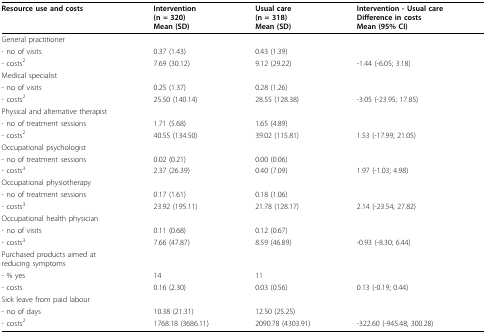
<table><thead><tr><td><b>Resource use and costs</b></td><td><b>Intervention(n = 320)Mean (SD)</b></td><td><b>Usual care(n = 318)Mean (SD)</b></td><td><b>Intervention - Usual careDifference in costsMean (95% CI)</b></td></tr></thead><tbody><tr><td>General practitioner</td><td></td><td></td><td></td></tr><tr><td>- no of visits</td><td>0.37 (1.43)</td><td>0.43 (1.39)</td><td></td></tr><tr><td>- costs<sup>2</sup></td><td>7.69 (30.12)</td><td>9.12 (29.22)</td><td>-1.44 (-6.05; 3.18)</td></tr><tr><td>Medical specialist</td><td></td><td></td><td></td></tr><tr><td>- no of visits</td><td>0.25 (1.37)</td><td>0.28 (1.26)</td><td></td></tr><tr><td>- costs<sup>2</sup></td><td>25.50 (140.14)</td><td>28.55 (128.38)</td><td>-3.05 (-23.95; 17.85)</td></tr><tr><td>Physical and alternative therapist</td><td></td><td></td><td></td></tr><tr><td>- no of treatment sessions</td><td>1.71 (5.68)</td><td>1.65 (4.89)</td><td></td></tr><tr><td>- costs<sup>2</sup></td><td>40.55 (134.50)</td><td>39.02 (115.81)</td><td>1.53 (-17.99; 21.05)</td></tr><tr><td>Occupational psychologist</td><td></td><td></td><td></td></tr><tr><td>- no of treatment sessions</td><td>0.02 (0.21)</td><td>0.00 (0.06)</td><td></td></tr><tr><td>- costs<sup>3</sup></td><td>2.37 (26.39)</td><td>0.40 (7.09)</td><td>1.97 (-1.03; 4.98)</td></tr><tr><td>Occupational physiotherapy</td><td></td><td></td><td></td></tr><tr><td>- no of treatment sessions</td><td>0.17 (1.61)</td><td>0.18 (1.06)</td><td></td></tr><tr><td>- costs<sup>3</sup></td><td>23.92 (195.11)</td><td>21.78 (128.17)</td><td>2.14 (-23.54; 27.82)</td></tr><tr><td>Occupational health physician</td><td></td><td></td><td></td></tr><tr><td>- no of visits</td><td>0.11 (0.68)</td><td>0.12 (0.67)</td><td></td></tr><tr><td>- costs<sup>3</sup></td><td>7.66 (47.87)</td><td>8.59 (46.89)</td><td>-0.93 (-8.30; 6.44)</td></tr><tr><td>Purchased products aimed atreducing symptoms</td><td></td><td></td><td></td></tr><tr><td>- % yes</td><td>14</td><td>11</td><td></td></tr><tr><td>- costs</td><td>0.16 (2.30)</td><td>0.03 (0.56)</td><td>0.13 (-0.19; 0.44)</td></tr><tr><td>Sick leave from paid labour</td><td></td><td></td><td></td></tr><tr><td>- no of days</td><td>10.38 (21.31)</td><td>12.50 (25.25)</td><td></td></tr><tr><td>- costs<sup>2</sup></td><td>1768.18 (3686.11)</td><td>2090.78 (4303.91)</td><td>-322.60 (-945.48; 300.28)</td></tr></tbody></table>